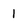
Character: 1